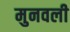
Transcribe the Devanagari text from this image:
मुनवली